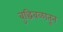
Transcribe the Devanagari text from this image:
बुद्धिबळातून